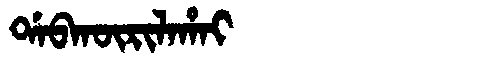
Manchu: ᡩᠠᠪᡴᡡᡵᡳᠯᠠᡥᠠᡳ
Romanization: DABKŪRILAHAI